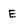
Character: E